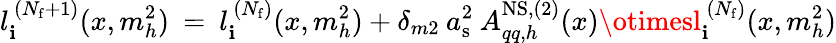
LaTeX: l_{\mathbf{i}}^{\, (N_{\mathrm{{f}}}+1)}(x,m_{h}^{2})\: =\: l_{\mathbf{i}}^{\, (N_{\mathrm{{f}}})}(x,m_{h}^{2})+\delta_{m2}\: a_{\mathrm{{s}}}^{2}\: A_{qq,h}^{\mathrm{{NS,(2)}}}(x)\otimesl_{\mathbf{i}}^{\, (N_{\mathrm{{f}}})}(x,m_{h}^{2})